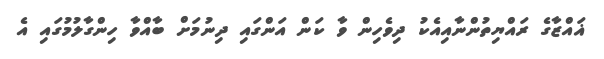
ޣައްޒާގެ ރައްޔިތުންނާއިއެކު ދިވެހިން ވާ ކަން އަންގައި ދިނުމަށް ބާއްވާ ހިންގާލުމުގައި އެ